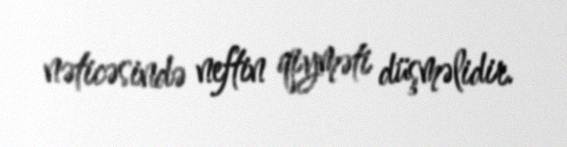
nəticəsində neftin qiyməti düşməlidir.